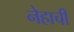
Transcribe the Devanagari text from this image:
नेहाची